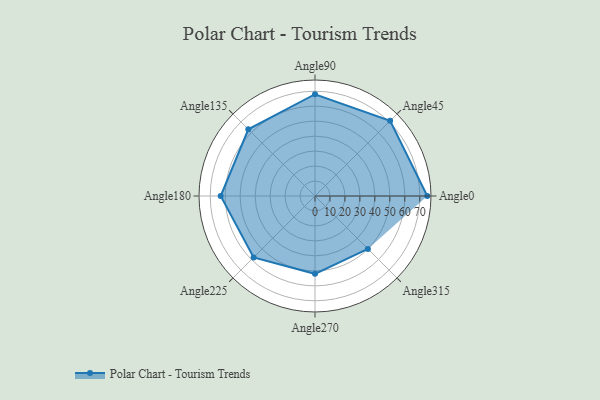
{"axis": {"x": "Angle", "y": "Radius"}, "legend": [""], "data": [{"x": "Angle0", "y": 75.0, "type": ""}, {"x": "Angle45", "y": 71.0, "type": ""}, {"x": "Angle90", "y": 68.0, "type": ""}, {"x": "Angle135", "y": 63.0, "type": ""}, {"x": "Angle180", "y": 63.0, "type": ""}, {"x": "Angle225", "y": 58.0, "type": ""}, {"x": "Angle270", "y": 52.0, "type": ""}, {"x": "Angle315", "y": 50.0, "type": ""}]}